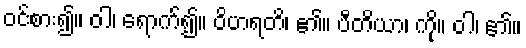
ဝင်စား၍။ ဝါ၊ ရောက်၍။ ဝိဟရတိ၊ ၏။ ပီတိယာ၊ ကို။ ဝါ၊ ၏။